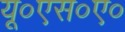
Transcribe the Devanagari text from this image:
यू०एस०ए०